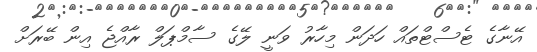
އޭނާގެ ޓެސްޓްތައް ހަދަން މިހާރު ވަނީ ލޭގެ ސާމްޕަލް ރާއްޖެ އިން ބޭރަށް